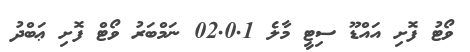
ވޯޓު ފޮށި އައްޑޫ ސިޓީ މާލެ 02.0.1 ނަމްބަރު ވޯޓް ފޮށި ޢަބްދު